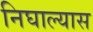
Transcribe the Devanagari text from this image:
निघाल्यास